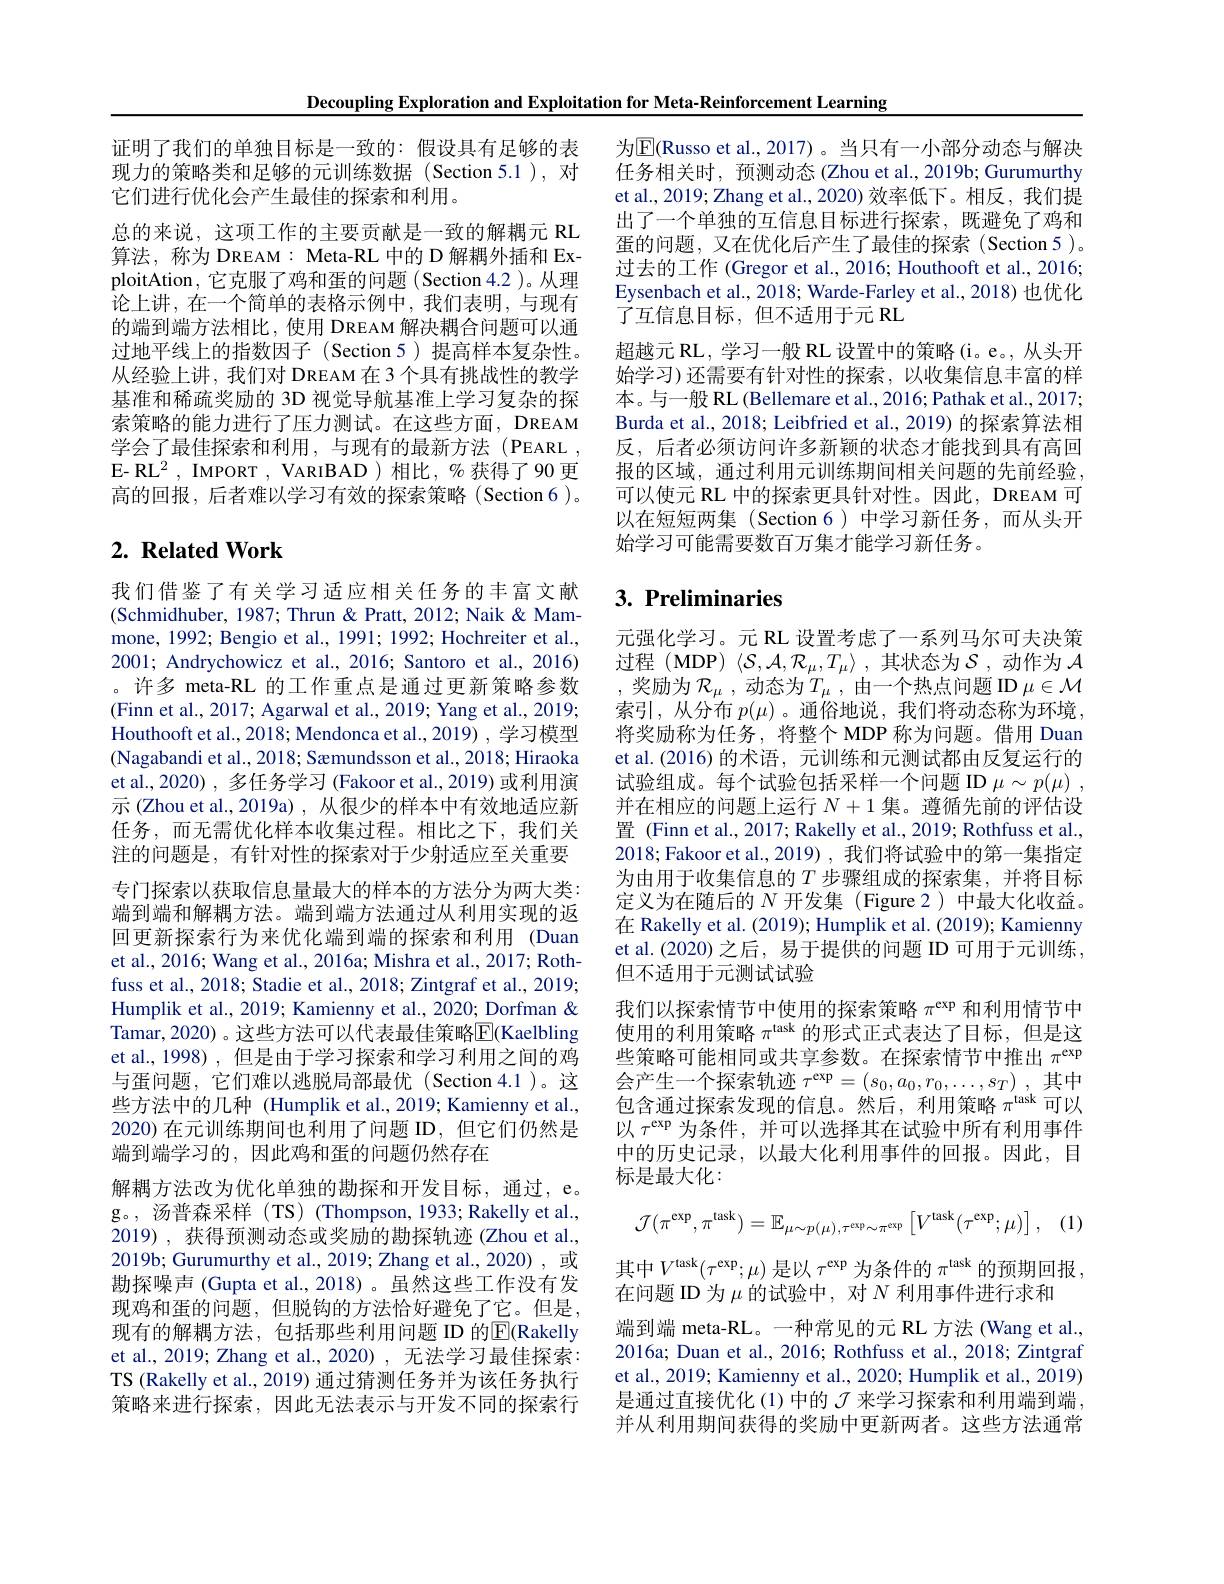
Decoupling Exploration and Exploitation for Meta-Reinforcement Learning

证明了我们的单独目标是一致的：假设具有足够的表现力的策略类和足够的元训练数据(Section 5.1),对它们进行优化会产生最佳的探索和利用。
总的来说，这项工作的主要贡献是一致的解耦元 RL 算法，称为 DREAM: Meta-RL 中的 D 解耦外插和 ExploitAtion, 它克服了鸡和蛋的问题(Section 4.2 )。从理论上讲，在一个简单的表格示例中，我们表明，与现有的端到端方法相比，使用 DREAM 解决耦合问题可以通过地平线上的指数因子(Section 5)提高样本复杂性。从经验上讲，我们对 DREAM 在 3 个具有挑战性的教学基准和稀疏奖励的 3D 视觉导航基准上学习复杂的探索策略的能力进行了压力测试。在这些方面，DREAM 学会了最佳探索和利用，与现有的最新方法(PEARL , E- RL$^2$, IMPORT , VARIBAD)相比，% 获得了90 更高的回报，后者难以学习有效的探索策略(Section 6)。

# $2. \textbf{ Related Work}$

我们借鉴了有关学习适应相关任务的丰富文献(Schmidhuber, 1987; Thrun & Pratt, 2012; Naik & Mammone, 1992; Bengio et al., 1991; 1992; Hochreiter et al., 2001; Andrychowicz et al., 2016; Santoro et al., 2016) 。许多 meta-RL 的工作重点是通过更新策略参数(Finn et al., 2017; Agarwal et al., 2019; Yang et al., 2019; Houthooft et al., 2018; Mendonca et al., 2019) , 学习模型(Nagabandi et al., 2018; Sæmundsson et al., 2018; Hiraoka et al., 2020) , 多任务学习 (Fakoor et al., 2019) 或利用演示 (Zhou et al., 2019a) , 从很少的样本中有效地适应新任务，而无需优化样本收集过程。相比之下，我们关注的问题是，有针对性的探索对于少射适应至关重要专门探索以获取信息量最大的样本的方法分为两大类： 端到端和解耦方法。端到端方法通过从利用实现的返回更新探索行为来优化端到端的探索和利用 (Duan et al., 2016; Wang et al., 2016a; Mishra et al., 2017; Rothfuss et al., 2018; Stadie et al., 2018; Zintgraf et al., 2019; Humplik et al., 2019; Kamienny et al., 2020; Dorfman & Tamar, 2020) 。这些方法可以代表最佳策略$\overline{\mathrm{E}}($Kaelbling et al.,1998), 但是由于学习探索和学习利用之间的鸡与蛋问题，它们难以逃脱局部最优(Section 4.1)。这些方法中的几种 (Humplik et al.,2019; Kamienny et al., 2020)在元训练期间也利用了问题 ID,但它们仍然是端到端学习的，因此鸡和蛋的问题仍然存在
解耦方法改为优化单独的勘探和开发目标，通过，e。g。,汤普森采样(TS)(Thompson,1933;Rakelly et al., 2019) , 获得预测动态或奖励的勘探轨迹 (Zhou et al., 2019b; Gurumurthy et al., 2019; Zhang et al., 2020) , 或勘探噪声 (Gupta et al., 2018)。虽然这些工作没有发现鸡和蛋的问题，但脱钩的方法恰好避免了它。但是， 现有的解耦方法，包括那些利用问题 ID 的$\overline{\mathrm{E}}$(Rakelly et al., 2019; Zhang et al., 2020), 无法学习最佳探索： TS (Rakelly et al., 2019) 通过猜测任务并为该任务执行策略来进行探索，因此无法表示与开发不同的探索行

为$\mathbb{E}$(Russo et al., 2017)。当只有一小部分动态与解决任务相关时，预测动态(Zhou et al.,2019b; Gurumurthy et al., 2019; Zhang et al., 2020) 效率低下。相反，我们提出了一个单独的互信息目标进行探索，既避免了鸡和蛋的问题，又在优化后产生了最佳的探索(Section5)。过去的工作 (Gregor et al., 2016; Houthooft et al., 2016; Eysenbach et al., 2018; Warde-Farley et al., 2018) 也优化了互信息目标，但不适用于元 RL
超越元 RL, 学习一般 RL 设置中的策略(i。e。, 从头开始学习)还需要有针对性的探索，以收集信息丰富的样本。与一般 RL (Bellemare et al., 2016; Pathak et al., 2017; Burda et al., 2018; Leibfried et al., 2019) 的探索算法相反，后者必须访问许多新颖的状态才能找到具有高回报的区域，通过利用元训练期间相关问题的先前经验， 可以使元 RL 中的探索更具针对性。因此，DREAM 可以在短短两集(Section 6)中学习新任务，而从头开始学习可能需要数百万集才能学习新任务。

# $3. \textbf{ Preliminaries}$

元强化学习。元 RL 设置考虑了一系列马尔可夫决策过程 (MDP) $\langle\mathcal{S},\mathcal{A},\mathcal{R}_\mu,T_\mu\rangle$ ,其状态为$\mathcal{S}$,动作为$\mathcal{A}$ 奖励为 $\mathcal{R}_\mu$ , 动态为$T_\mu$ , 由一个热点问题 ID $\mu\in\mathcal{M}$ 索引，从分布$p(\mu)$ 。通俗地说，我们将动态称为环境， 将奖励称为任务，将整个 MDP 称为问题。借用 Duan et al.(2016)的术语，元训练和元测试都由反复运行的试验组成。每个试验包括采样一个问题 ID $\mu \sim p( \mu )$ , 并在相应的问题上运行$N+1$集。遵循先前的评估设置 (Finn et al., 2017; Rakelly et al., 2019; Rothfuss et al., 2018; Fakoor et al., 2019) , 我们将试验中的第一集指定为由用于收集信息的$T$步骤组成的探索集，并将目标定义为在随后的$N$开发集 (Figure 2)中最大化收益。在 Rakelly et al. (2019); Humplik et al. (2019); Kamienny et al.(2020)之后，易于提供的问题 ID 可用于元训练， 但不适用于元测试试验
我们以探索情节中使用的探索策略$\pi^\mathrm{exp}$和利用情节中使用的利用策略$\pi^\mathrm{task}$的形式正式表达了目标，但是这些策略可能相同或共享参数。在探索情节中推出$\pi^\mathrm{exp}$ 会产生一个探索轨迹$\tau^\mathrm{exp}=\left(s_0,a_0,r_0,\ldots,s_T\right)$,其中包含通过探索发现的信息。然后，利用策略$\pi^\mathrm{task}$可以以$\tau^\mathrm{exp}$为条件，并可以选择其在试验中所有利用事件中的历史记录，以最大化利用事件的回报。因此，目标是最大化：
$$\mathcal{J}(\pi^\mathrm{exp},\pi^\mathrm{task})=\mathbb{E}_{\mu\sim p(\mu),\tau^\mathrm{exp}\sim\pi^\mathrm{exp}}\left[V^\mathrm{task}(\tau^\mathrm{exp};\mu)\right],$$
其中$V^\mathrm{task}(\tau^\mathrm{exp};\mu)$是以$\tau^\mathrm{exp}$为条件的$\pi^\mathrm{task}$的预期回报，
在问题 ID 为$\mu$的试验中，对$N$利用事件进行求和
端到端 meta-RL。一种常见的元 RL 方法 (Wang et al., 2016a; Duan et al., 2016; Rothfuss et al., 2018; Zintgraf et al., 2019; Kamienny et al., 2020; Humplik et al., 2019) 是通过直接优化 (1)中的$\mathcal{J}$来学习探索和利用端到端并从利用期间获得的奖励中更新两者。这些方法通常